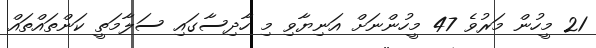
21 މީހުން މަރުވެ 47 މީހުންނަށް އަނިޔާވި މި ހާދިސާގައި ސަލާމަތީ ކަންތައްތައް